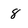
Character: 8